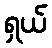
ရှယ်